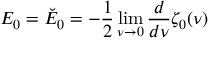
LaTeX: E _ { 0 } = \breve { E } _ { 0 } = - \frac 1 2 \operatorname * { l i m } _ { \nu \rightarrow 0 } { \frac { d } { d \nu } } \zeta _ { 0 } ( \nu )